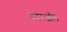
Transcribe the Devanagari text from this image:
वेदरऑल